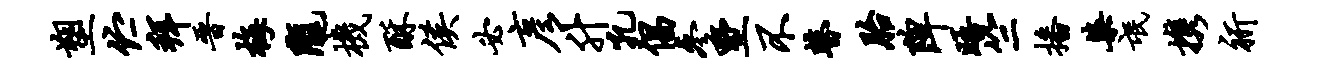
塑伫拜晋梅陇机酥侯必彦升孔倡参墅不瞽胎陴晤竺播染氓携祈